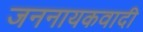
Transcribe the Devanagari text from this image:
जननायकवादी